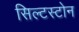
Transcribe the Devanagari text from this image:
सिल्टस्टोन